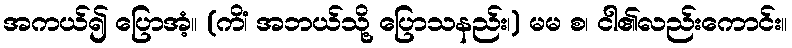
အကယ်၍ ပြောအံ့။ (ကိံ၊ အဘယ်သို့ ပြောသနည်း၊) မမ စ၊ ငါ၏လည်းကောင်း။